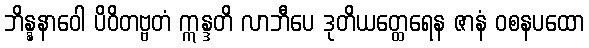
ဘိန္နနာဝေါ ပိဝိတဗ္ဗတံ ဣန္ဒတိ လာဘီပေ ဒုတိယတ္ထေရေန ဇာနံ ဝစနပထော